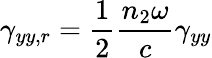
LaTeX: \gamma_{yy,r}=\frac{1}{2}\frac{n_{2}\omega}{c}\gamma_{yy}